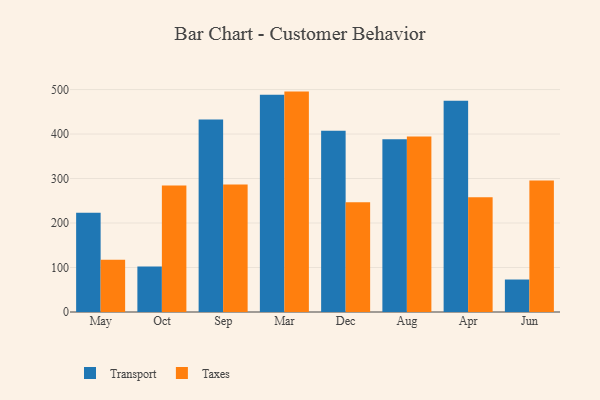
{"axis": {"x": "Month", "y": "LTV (USD)"}, "legend": ["Taxes", "Transport"], "data": [{"x": "May", "y": 222.9, "type": "Transport"}, {"x": "May", "y": 117.6, "type": "Taxes"}, {"x": "Oct", "y": 102.0, "type": "Transport"}, {"x": "Oct", "y": 284.2, "type": "Taxes"}, {"x": "Sep", "y": 432.9, "type": "Transport"}, {"x": "Sep", "y": 286.6, "type": "Taxes"}, {"x": "Mar", "y": 488.2, "type": "Transport"}, {"x": "Mar", "y": 495.4, "type": "Taxes"}, {"x": "Dec", "y": 407.3, "type": "Transport"}, {"x": "Dec", "y": 246.7, "type": "Taxes"}, {"x": "Aug", "y": 388.2, "type": "Transport"}, {"x": "Aug", "y": 394.6, "type": "Taxes"}, {"x": "Apr", "y": 474.6, "type": "Transport"}, {"x": "Apr", "y": 257.8, "type": "Taxes"}, {"x": "Jun", "y": 73.0, "type": "Transport"}, {"x": "Jun", "y": 295.4, "type": "Taxes"}]}